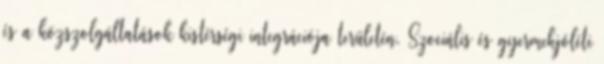
és a közszolgáltatások kistérségi integrációja területén. Szociális és gyermekjóléti